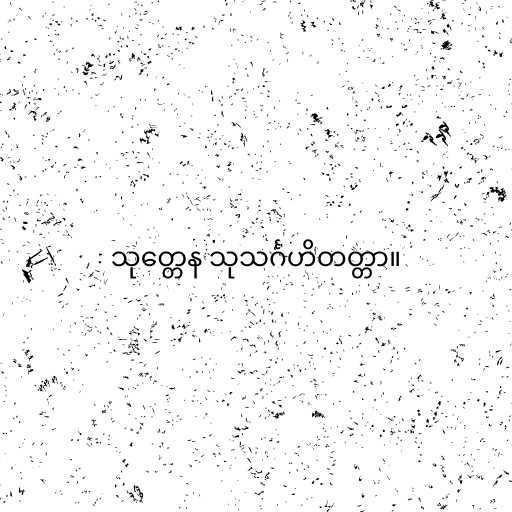
သုတ္တေန သုသင်္ဂဟိတတ္တာ။